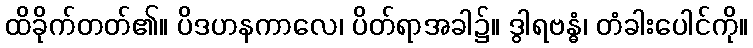
ထိခိုက်တတ်၏။ ပိဒဟနကာလေ၊ ပိတ်ရာအခါ၌။ ဒွါရဗန္ဓံ၊ တံခါးပေါင်ကို။